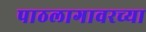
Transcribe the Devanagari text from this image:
पाठलागावरच्या